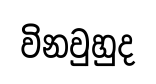
විනවුහුද